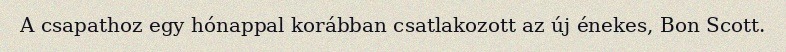
A csapathoz egy hónappal korábban csatlakozott az új énekes, Bon Scott.